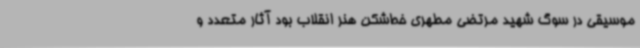
موسیقی در سوگ شهید مرتضی مطهری خط‌شکن هنر انقلاب بود آثار متعدد و